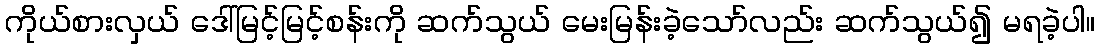
ကိုယ်စားလှယ် ဒေါ်မြင့်မြင့်စန်းကို ဆက်သွယ် မေးမြန်းခဲ့သော်လည်း ဆက်သွယ်၍ မရခဲ့ပါ။